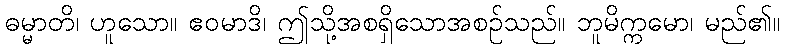
ဓမ္မာတိ၊ ဟူသော။ ဧဝမာဒိ၊ ဤသို့အစရှိသောအစဉ်သည်။ ဘူမိက္ကမော၊ မည်၏။